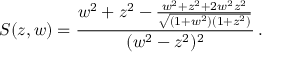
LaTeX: S ( z , w ) = \frac { w ^ { 2 } + z ^ { 2 } - \frac { w ^ { 2 } + z ^ { 2 } + 2 w ^ { 2 } z ^ { 2 } } { \sqrt { ( 1 + w ^ { 2 } ) ( 1 + z ^ { 2 } ) } } } { ( w ^ { 2 } - z ^ { 2 } ) ^ { 2 } } \, .